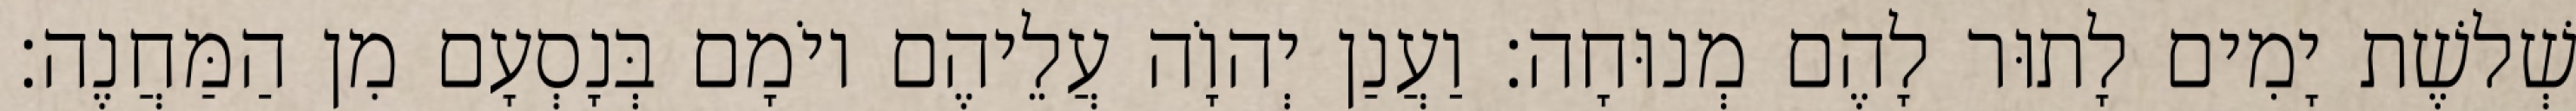
שְׁלשֶׁת יָמִים לָתוּר לָהֶם מְנוּחָה׃ וַעֲנַן יְהוָֹה עֲלֵיהֶם יוֹמָם בְּנָסְעָם מִן הַמַּחֲנֶה׃